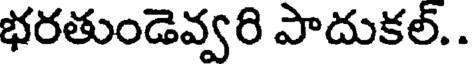
భరతుండెవ్వరి పాదుకల్. .